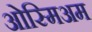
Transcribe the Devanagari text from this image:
ओस्मिअम